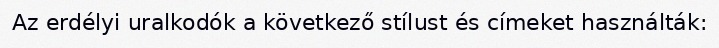
Az erdélyi uralkodók a következő stílust és címeket használták: